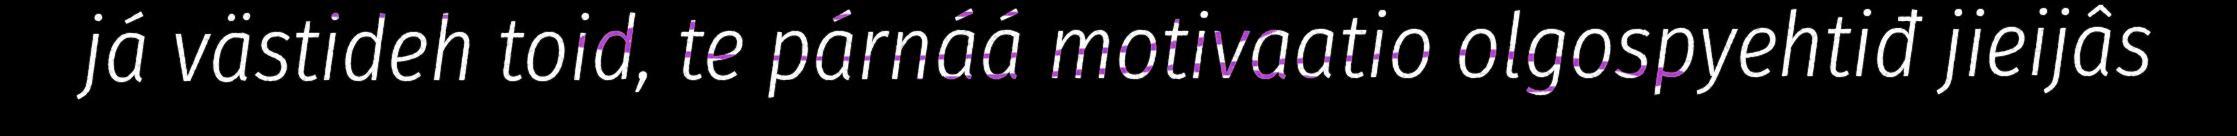
já västideh toid, te párnáá motivaatio olgospyehtiđ jieijâs